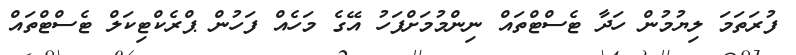
ފުރަތަމަ ލިޔުމުން ހަދާ ޓެސްޓްތައް ނިންމުމަށްފަހު އޭގެ މަހެއް ފަހުން ޕްރެކްޓިކަލް ޓެސްޓްތައް